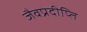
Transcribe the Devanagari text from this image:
जैवप्रदीप्ति